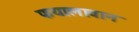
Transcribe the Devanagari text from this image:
फयालावान